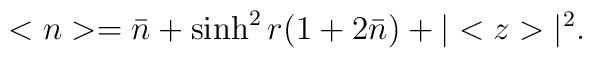
<n>=\bar n+\sinh ^{2}r(1+2\bar n)+|<z>|^{2}.